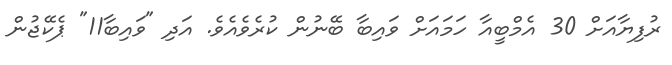
ރުފިޔާއަށް 30 އެމްބީއާ ހަމައަށް ވައިބާ ބޭނުން ކުރެވެއެވެ. އަދި "ވައިބާ11" ޕެކޭޖުން